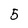
Character: 5